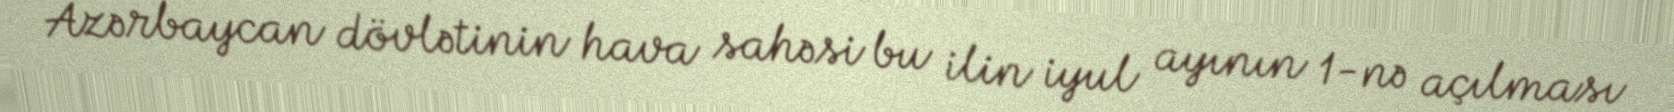
Azərbaycan dövlətinin hava sahəsi bu ilin iyul ayının 1-nə açılması